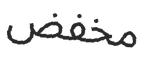
مخفض